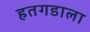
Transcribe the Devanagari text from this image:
हतगडाला